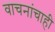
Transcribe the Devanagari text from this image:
वाचनांचाही